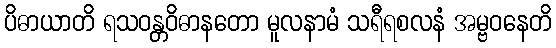
ပိဓာယာတိ ရသဝန္တဝိဓာနတော မူလနာမံ သရီရစလနံ အမ္ဗဝနေတိ